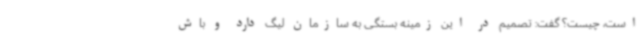
است، چیست؟ گفت: تصمیم در این زمینه بستگی به سازمان لیگ دارد و باش